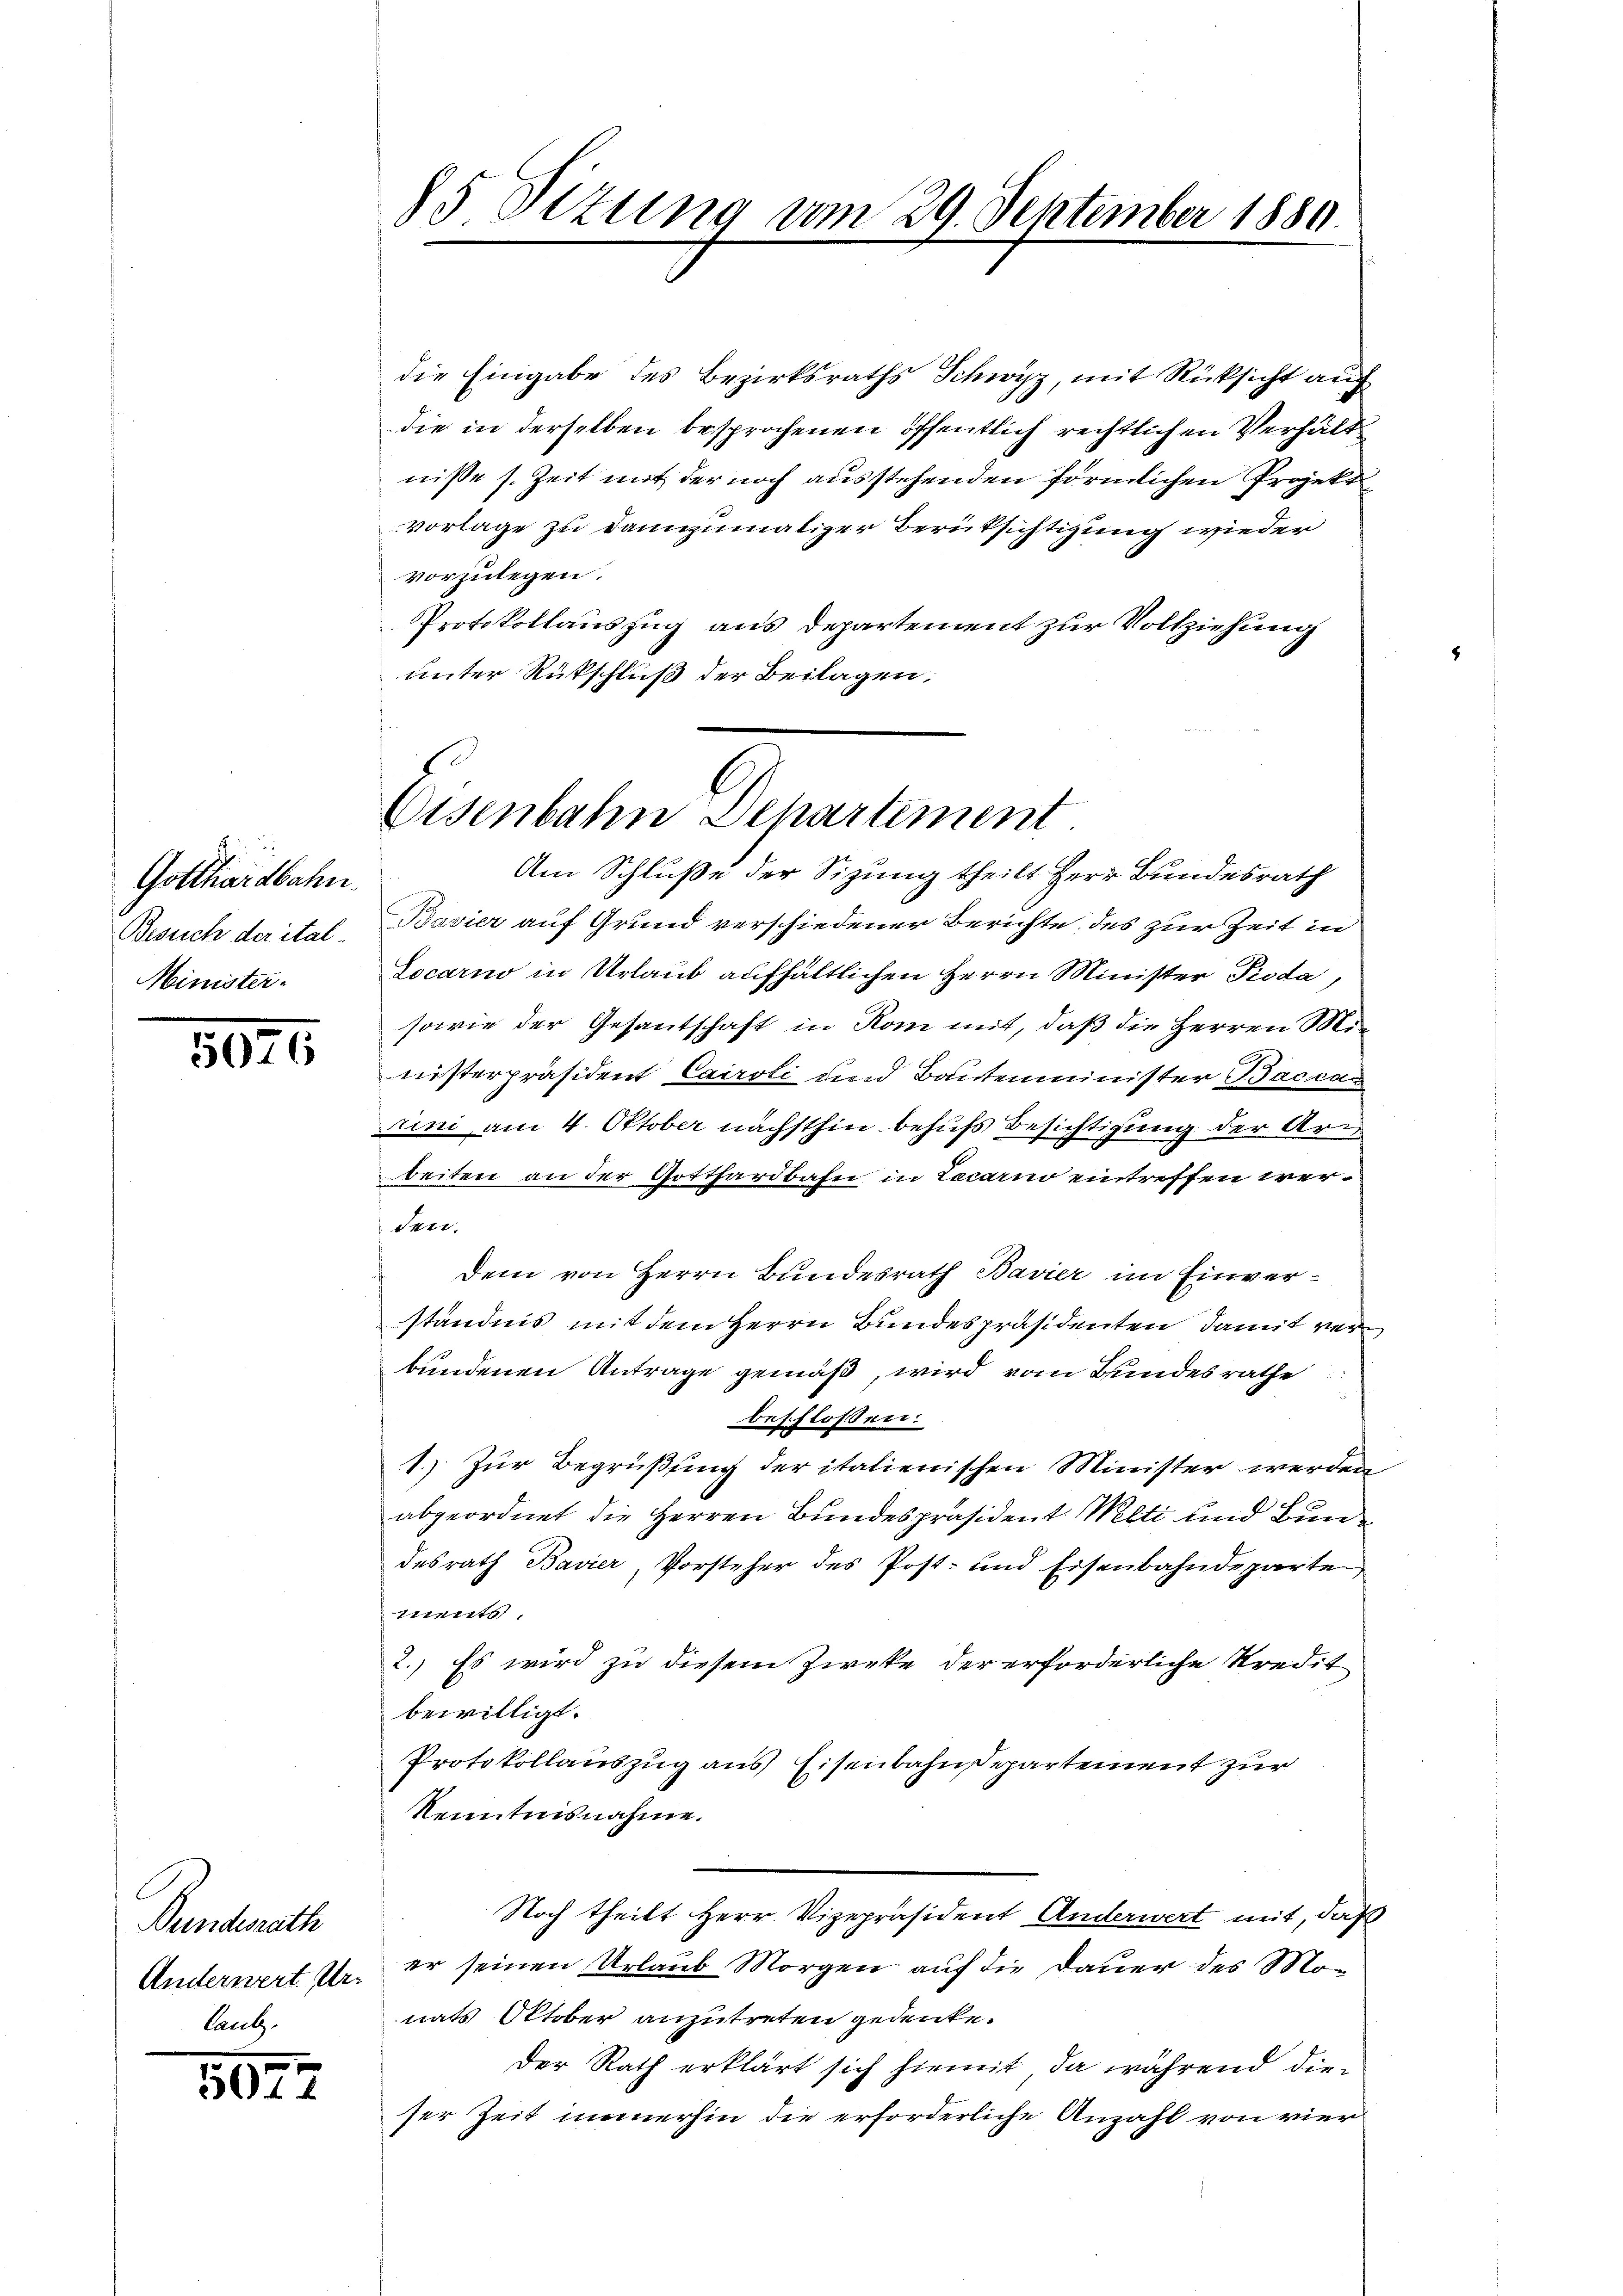
Gotthardbahn.
Besuch der ital-
Minister.

5070

die Eingabe des Bezirksraths Schwyz, mit Rücksicht auch
die in derselben besprochenen öffentlich rechtlichen Verhält
nisse s. Zeit mit der noch ausstehenden förmlichen Projekt
vorlage zu dannzumaliger Berüksichtigung wieder
vorzulegen.
Protokollauszug aus Departement zur Vollziehung
unter Rückschluß der Beilagen:

Bunderath
Anderwert Ur-

5072

85 Situng vom 29. September 1880

G
Eisenbahn Separtement

Am Schluße der Sitzung theilt Herr Bundesrath
Bavier auf Grund verschiedener Berichte des zur Zeit in
Locarno in Urlaub aufhältlichen Herrn Minister Pioda,
sowie der Gesantschaft in Rom mit, daß die Herren Ministerpräsident Cairoli und Bautenminister Baccan
rini am 4. Oktober nächsthin behufs Besichtigung der Arm
beiten an der Gotthardbahn in Locarno eintreffen werden.
Dem von Herrn Bundesrath Bavier im Einverständnis mit dem Herrn Bundespräsidenten damit verbundenen Antrage gemäß, wird vom Bundesrathe
beschloßen:
1.) Zur Begrüßung der italienischen Minister werden
abgeordnet die Herren Bundespräsident Mlti und Bundesrath Bavier, Vorsteher des Post- und Eisenbahndeparte,
sments
2. Es wird zu diesem Zirke der erforderliche Kredit
bewilligt.
Protokollauszug aus Eisenbahndepartement zur
Kenntnisnahme.
Noch theilt Herr Vizepräsident Anderwert mit, daß
er seinen Urlaub Morgen auf die Dauer des Mo-
nats Oktober anzutreten gedenke.
Der Rath erklärt sich hiemit, da während dieser Zeit immerhin die erforderliche Anzahl von vier